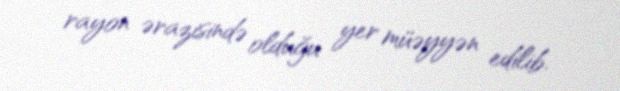
rayon ərazisində olduğu yer müəyyən edilib.